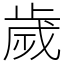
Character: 歲